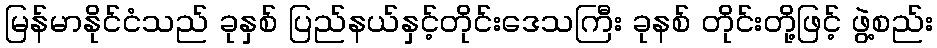
မြန်မာနိုင်ငံသည် ခုနှစ် ပြည်နယ်နှင့်တိုင်းဒေသကြီး ခုနစ် တိုင်းတို့ဖြင့် ဖွဲ့စည်း